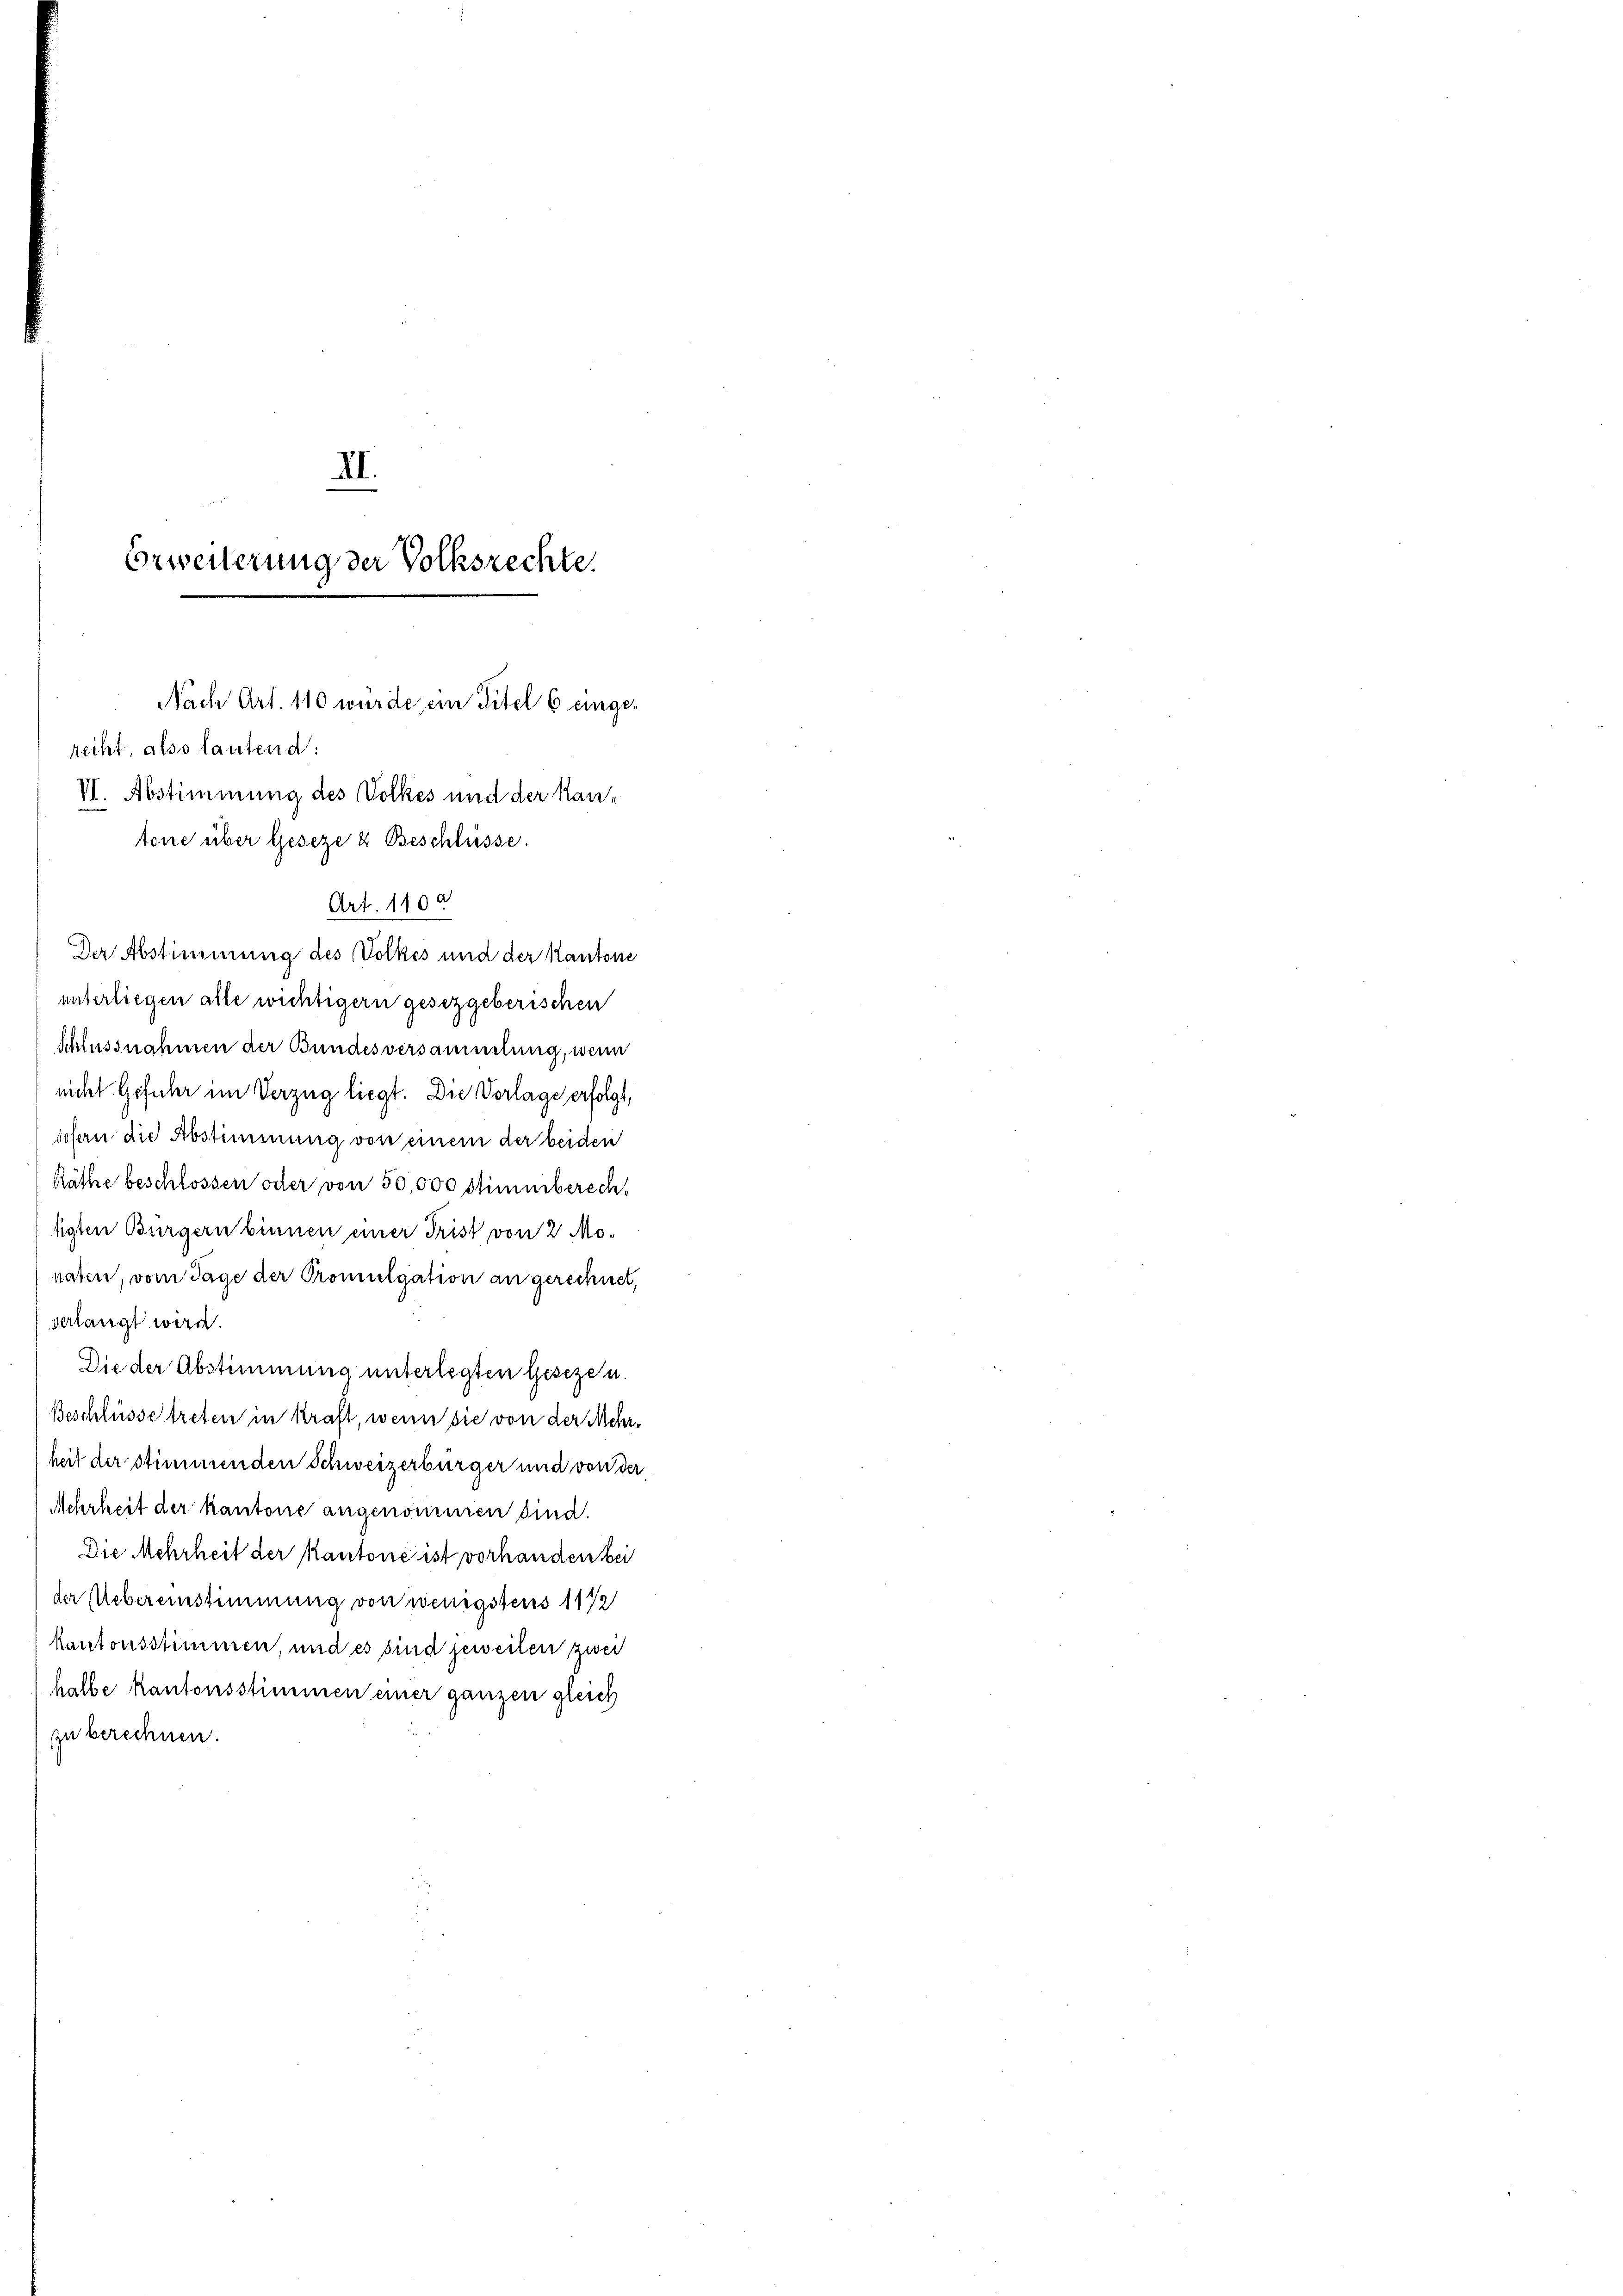
Erweiterung der Volksrechte
Nach Art. 110 wurde ein Titel 6 einge¬

III.

Art. 110 a

recht, also lautend:
VI. Abstimmung des Volkes und der Kantone über Geseze & Beschlüsse.
Der Abstimmung des Volkes und der Kantone
unterliegen alle wichtigern gesetzgeberischen
Schlussnahmen der Bundesversammlung, wenn
nicht Geführ im Verzug liegt. Die Vorlage erfolgt,
sofern die Abstimmung von einem der beiden
Räthe beschlossen oder von 50,000 stimmbersch
tigten Bürgern binnen einer Frist von 2 Mo-
naten, vom Tage der Promulgation an gerechnet,
delangt wird.
Die der Abstimmung unterlegten Geseze u.
Beschlüsse treten in kraft, wenn sie von der Mehrheit der stimmenden Schweizerbürger und von der
Mehrheit der kantone angenommen sind.
Die Mehrheit der Kantone ist vorhanden bei
der Uebereinstimmung von wenigstens 1172
kantonsstimmen, und es sind jeweilen zwei
halbe kantonsstimmen einer ganzen gleich
zu berechnen.